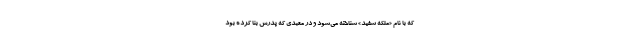
که با نام «ملکه سفید» شناخته می‌شود و در معبدی که پدرش بنا کرده بود